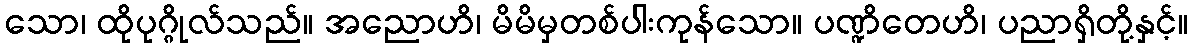
သော၊ ထိုပုဂ္ဂိုလ်သည်။ အညောဟိ၊ မိမိမှတစ်ပါးကုန်သော။ ပဏ္ဍိတေဟိ၊ ပညာရှိတို့နှင့်။